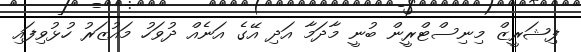
ފިޝަރީޒް މިނިސްޓްރީން ބުނީ މާދަމާ އަދި އޭގެ އަނެއް ދުވަހު މައުޒަރު ހުޅުވިފައި